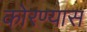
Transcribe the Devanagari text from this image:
कोरण्यास